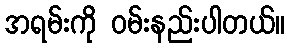
အရမ်းကို ဝမ်းနည်းပါတယ်။